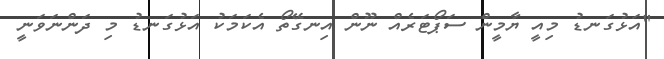
"އަޅުގަނޑު މިއީ ޔާމީން ސަޕޯޓަރެއް ނޫން އިނގޭތޯ އެކަމަކު އަޅުގަނޑު މި ދަންނަވަނީ